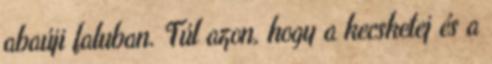
abaúji faluban. Túl azon, hogy a kecsketej és a